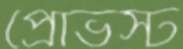
প্রোভস্ট